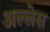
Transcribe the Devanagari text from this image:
अल्लेस